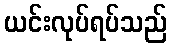
ယင်းလုပ်ရပ်သည်